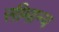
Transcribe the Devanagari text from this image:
सीमान्य